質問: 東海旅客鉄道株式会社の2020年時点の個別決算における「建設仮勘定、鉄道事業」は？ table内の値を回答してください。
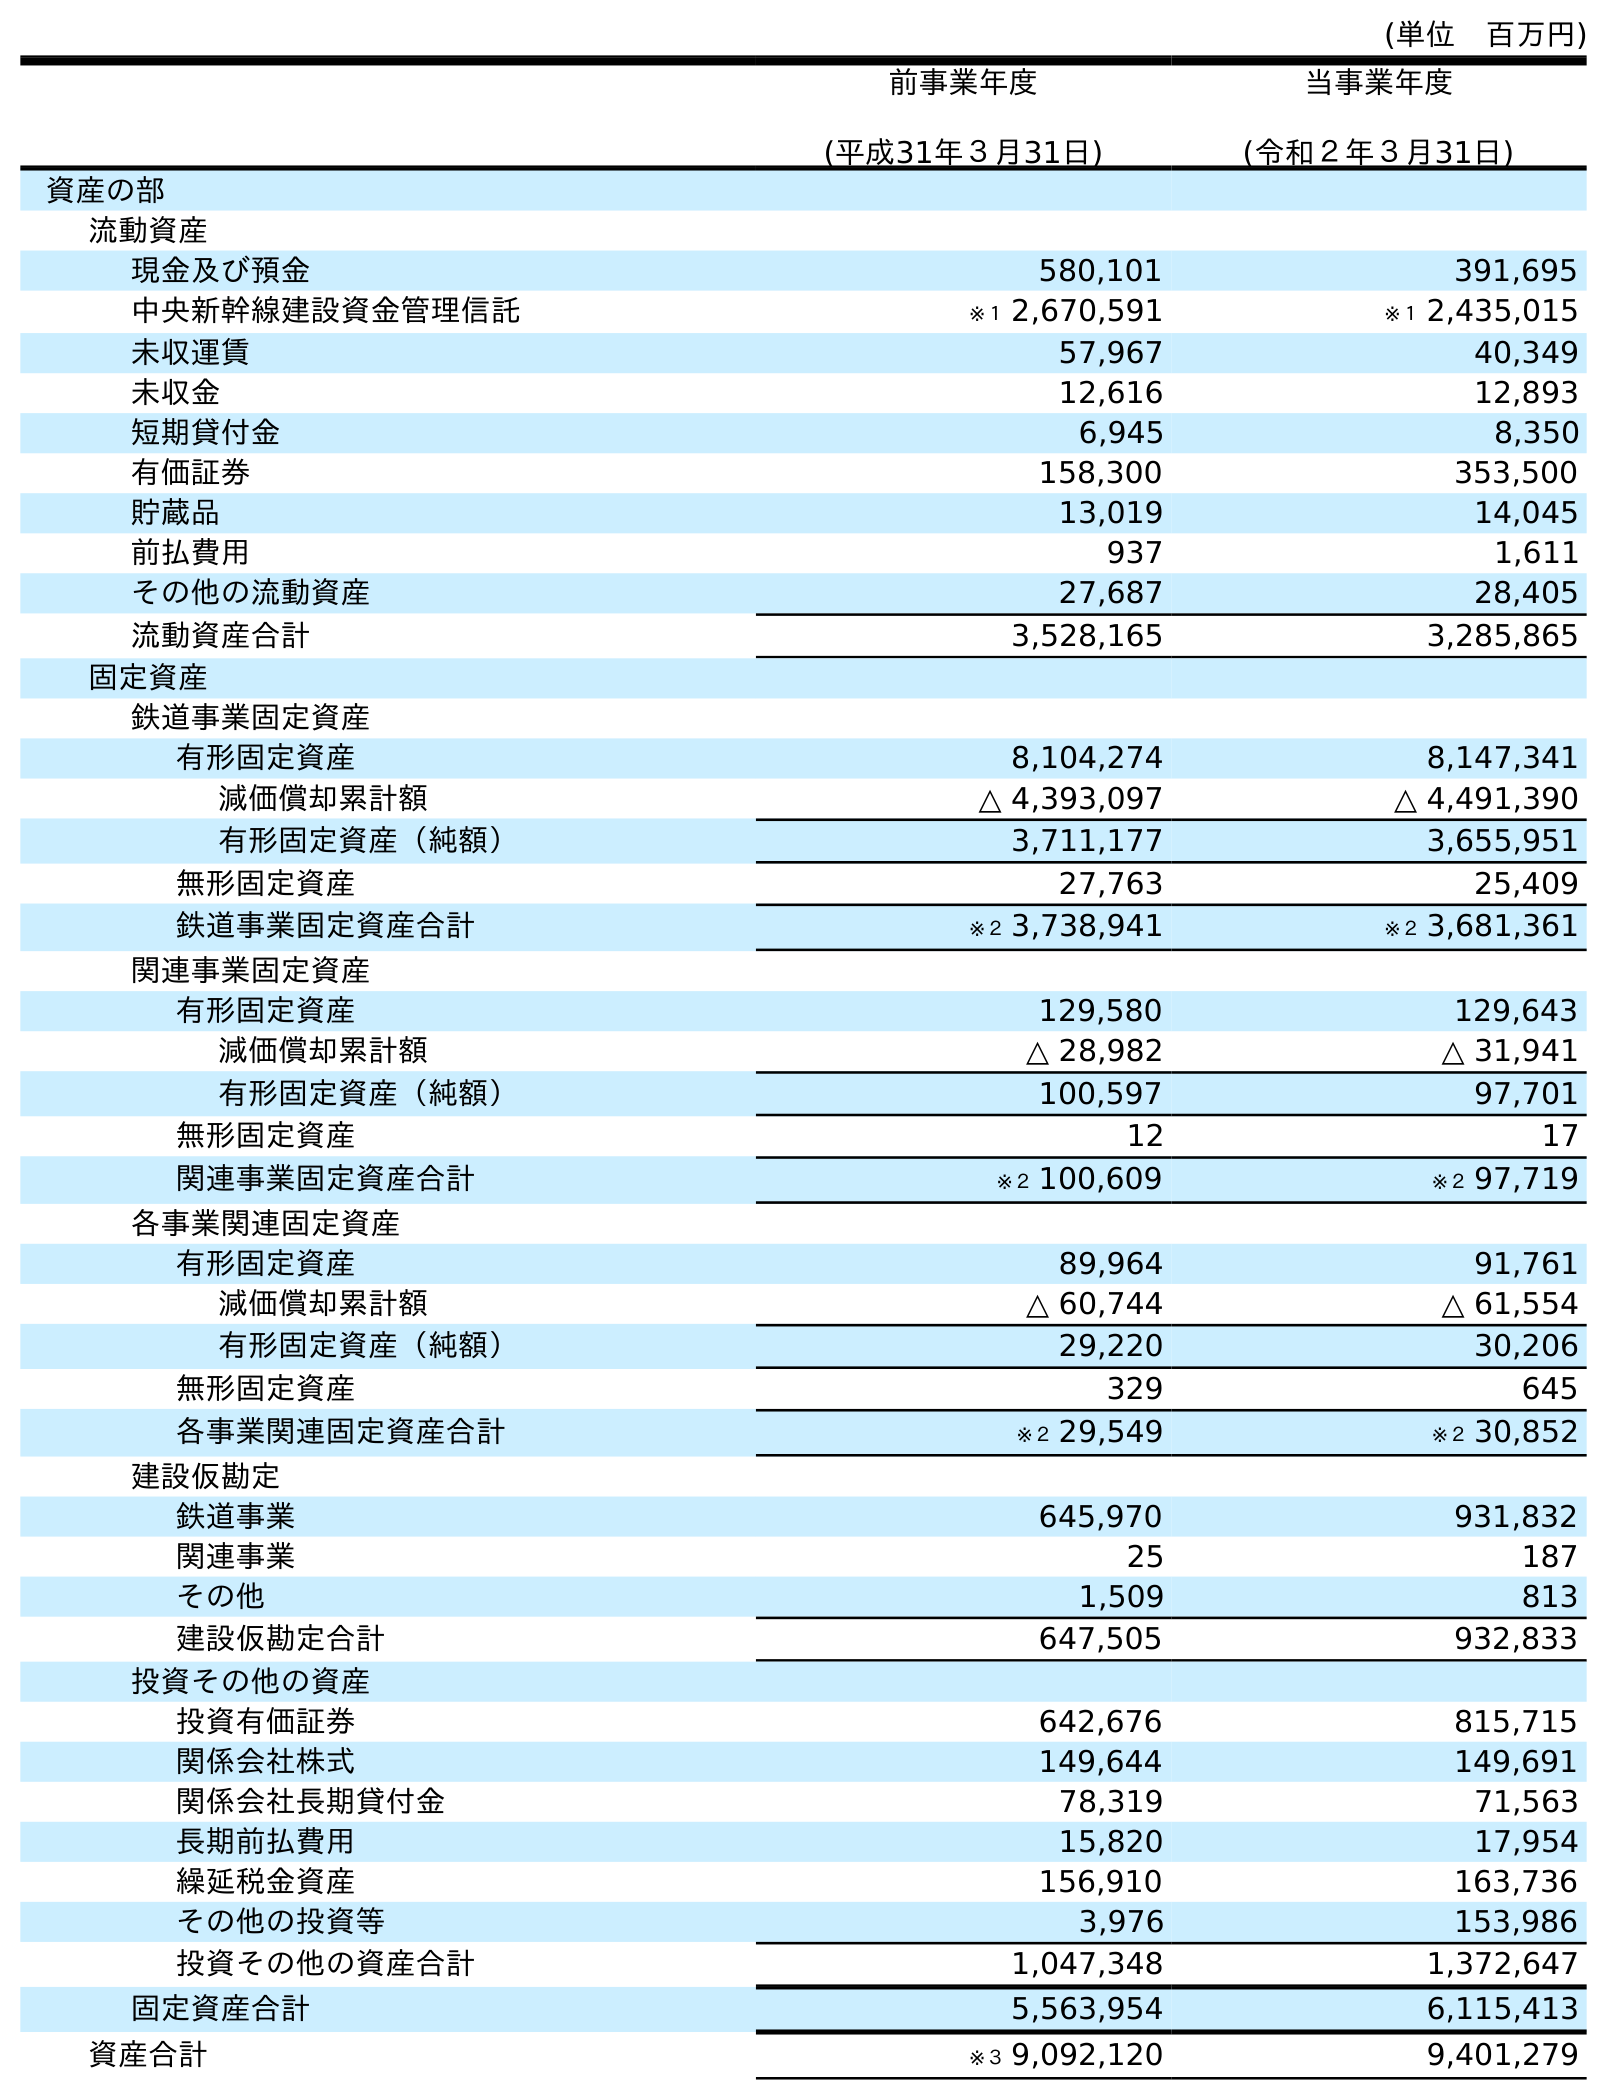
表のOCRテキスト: (単位 百万円) 前事業年度 (平成31年３月31日) 当事業年度 (令和２年３月31日) 資産の部 流動資産 現金及び預金 580,101 391,695 中央新幹線建設資金管理信託 ※１ 2,670,591 ※１ 2,435,015 未収運賃 57,967 40,349 未収金 12,616 12,893 短期貸付金 6,945 8,350 有価証券 158,300 353,500 貯蔵品 13,019 14,045 前払費用 937 1,611 その他の流動資産 27,687 28,405 流動資産合計 3,528,165 3,285,865 固定資産 鉄道事業固定資産 有形固定資産 8,104,274 8,147,341 減価償却累計額 △ 4,393,097 △ 4,491,390 有形固定資産（純額） 3,711,177 3,655,951 無形固定資産 27,763 25,409 鉄道事業固定資産合計 ※２ 3,738,941 ※２ 3,681,361 関連事業固定資産 有形固定資産 129,580 129,643 減価償却累計額 △ 28,982 △ 31,941 有形固定資産（純額） 100,597 97,701 無形固定資産 12 17 関連事業固定資産合計 ※２ 100,609 ※２ 97,719 各事業関連固定資産 有形固定資産 89,964 91,761 減価償却累計額 △ 60,744 △ 61,554 有形固定資産（純額） 29,220 30,206 無形固定資産 329 645 各事業関連固定資産合計 ※２ 29,549 ※２ 30,852 建設仮勘定 鉄道事業 645,970 931,832 関連事業 25 187 その他 1,509 813 建設仮勘定合計 647,505 932,833 投資その他の資産 投資有価証券 642,676 815,715 関係会社株式 149,644 149,691 関係会社長期貸付金 78,319 71,563 長期前払費用 15,820 17,954 繰延税金資産 156,910 163,736 その他の投資等 3,976 153,986 投資その他の資産合計 1,047,348 1,372,647 固定資産合計 5,563,954 6,115,413 資産合計 ※３ 9,092,120 9,401,279
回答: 932,833